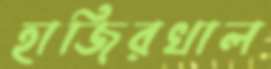
হাজিরখাল